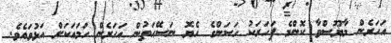
އަހަރެން މާޔޫސްވާ ކޮންމެ ފަހަރަކު ހަސަންގެ ހެޔޮ ނަސޭޙަތުން އަހަރެން ހަމައަކަށް އަޅުވައެވެ.